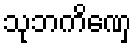
သုဘကိဏှေ